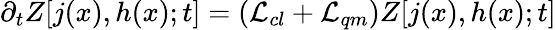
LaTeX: \partial_{t}Z[j(x),h(x);t]=({\cal L}_{cl}+{\cal L}_{qm})Z[j(x),h(x);t]